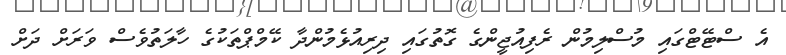
އެ ސްޓޭޓްގައި މުސްލިމުން ރެފިއުޖީންގެ ގޮތުގައި ދިރިއުޅެމުންދާ ކޭމްޕްތަކުގެ ހާލަތުވެސް ވަރަށް ދަށް